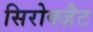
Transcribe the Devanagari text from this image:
सिरोक्ज़ैट